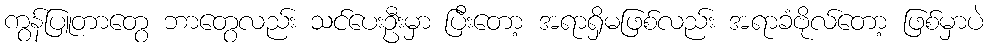
ကွန်ပြူတာတွေ ဘာတွေလည်း သင်ပေးဦးမှာ ပြီးတော့ အရာရှိမဖြစ်လည်း အရာခံဗိုလ်တော့ ဖြစ်မှာပဲ